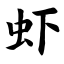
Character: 虾